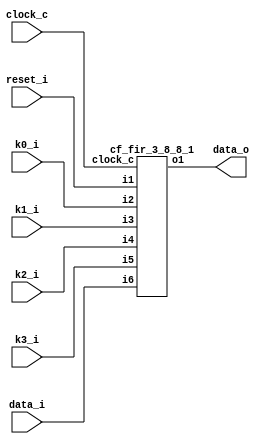
//
//  Copyright (c) 2003 Launchbird Design Systems, Inc.
//  All rights reserved.
//  
//  Redistribution and use in source and binary forms, with or without modification, are permitted provided that the following conditions are met:
//    Redistributions of source code must retain the above copyright notice, this list of conditions and the following disclaimer.
//    Redistributions in binary form must reproduce the above copyright notice, this list of conditions and the following disclaimer in the documentation and/or other materials provided with the distribution.
//  
//  THIS SOFTWARE IS PROVIDED BY THE COPYRIGHT HOLDERS AND CONTRIBUTORS "AS IS" AND ANY EXPRESS OR IMPLIED WARRANTIES,
//  INCLUDING, BUT NOT LIMITED TO, THE IMPLIED WARRANTIES OF MERCHANTABILITY AND FITNESS FOR A PARTICULAR PURPOSE ARE DISCLAIMED.
//  IN NO EVENT SHALL THE COPYRIGHT OWNER OR CONTRIBUTORS BE LIABLE FOR ANY DIRECT, INDIRECT, INCIDENTAL, SPECIAL, EXEMPLARY,
//  OR CONSEQUENTIAL DAMAGES (INCLUDING, BUT NOT LIMITED TO, PROCUREMENT OF SUBSTITUTE GOODS OR SERVICES; LOSS OF USE, DATA, OR PROFITS;
//  OR BUSINESS INTERRUPTION) HOWEVER CAUSED AND ON ANY THEORY OF LIABILITY, WHETHER IN CONTRACT, STRICT LIABILITY, OR TORT
//  (INCLUDING NEGLIGENCE OR OTHERWISE) ARISING IN ANY WAY OUT OF THE USE OF THIS SOFTWARE, EVEN IF ADVISED OF THE POSSIBILITY OF SUCH DAMAGE.
//  
//  
//  Overview:
//  
//    Performs finite impulse response (FIR) filtering.
//    The filter's sum of products is pipelined with a register after
//    every multiplier and adder.  The adder network is a balanced binary
//    tree to minimize latency.  The sum of products has no numeric loss because the
//    multipliers keep all resulting bits and each adder extends the precision by 1.
//  
//  Interface:
//  
//    Synchronization:
//      clock_c  : Clock input.
//      reset_i  : Filter delay bank synchronous reset.  Does not reset sum of products pipeline registers.
//  
//    Inputs:
//      data_i  : Input data.
//      k0_i    : Coefficient 0 multiplied by in_i(0).
//      k1_i    : Coefficient 1 multiplied by in_i(k-1).
//      k2_i    : Coefficient 2 multiplied by in_i(k-2).
//      ...
//      k<order>_i : Coefficient <order> multiplied by in_i(k-<order>).
//  
//    Outputs:
//      data_o : Output data.
//  
//  Built In Parameters:
//  
//    Filter Order             = 3
//    Input Precision          = 8
//    Coefficient Precision    = 8
//    Sum of Products Latency  = 3
//  
//  
//  
//  
//  Generated by Confluence 0.6.3  --  Launchbird Design Systems, Inc.  --  www.launchbird.com
//  
//  Build Date : Fri Aug 22 09:45:46 CDT 2003
//  
//  Interface
//  
//    Build Name    : cf_fir_3_8_8
//    Clock Domains : clock_c  
//    Vector Input  : reset_i(1)
//    Vector Input  : data_i(8)
//    Vector Input  : k0_i(8)
//    Vector Input  : k1_i(8)
//    Vector Input  : k2_i(8)
//    Vector Input  : k3_i(8)
//    Vector Output : data_o(18)
//  
//  
//  

module cf_fir_3_8_8 (clock_c, reset_i, data_i, k0_i, k1_i, k2_i, k3_i, data_o);
input  clock_c;
input  reset_i;
input  [7:0] data_i;
input  [7:0] k0_i;
input  [7:0] k1_i;
input  [7:0] k2_i;
input  [7:0] k3_i;
output [17:0] data_o;
wire   [17:0] n1;
cf_fir_3_8_8_1 s1 (clock_c, reset_i, k0_i, k1_i, k2_i, k3_i, data_i, n1);
assign data_o = n1;
endmodule

module cf_fir_3_8_8_1 (clock_c, i1, i2, i3, i4, i5, i6, o1);
input  clock_c;
input  i1;
input  [7:0] i2;
input  [7:0] i3;
input  [7:0] i4;
input  [7:0] i5;
input  [7:0] i6;
output [17:0] o1;
wire   n1;
wire   n2;
wire   [17:0] s3_1;
assign n1 = 1'b1;
assign n2 = 1'b0;
cf_fir_3_8_8_2 s3 (clock_c, n1, n2, i1, i2, i3, i4, i5, i6, s3_1);
assign o1 = s3_1;
endmodule

module cf_fir_3_8_8_2 (clock_c, i1, i2, i3, i4, i5, i6, i7, i8, o1);
input  clock_c;
input  i1;
input  i2;
input  i3;
input  [7:0] i4;
input  [7:0] i5;
input  [7:0] i6;
input  [7:0] i7;
input  [7:0] i8;
output [17:0] o1;
reg    [7:0] n1;
reg    [7:0] n2;
reg    [7:0] n3;
reg    [7:0] n4;
wire   n5;
wire   [17:0] n6;
wire   n7;
wire   [17:0] n8;
wire   [17:0] n9;
reg    [17:0] n10;
wire   [16:0] s11_1;
wire   [16:0] s11_2;
wire   [15:0] s12_1;
wire   [15:0] s12_2;
wire   [15:0] s12_3;
wire   [15:0] s12_4;
always @ (posedge clock_c)
begin
  if (i3 == 1'b1)
    n1 <= 8'b00000000;
  else if (i1 == 1'b1)
    n1 <= i8;
  if (i3 == 1'b1)
    n2 <= 8'b00000000;
  else if (i1 == 1'b1)
    n2 <= n1;
  if (i3 == 1'b1)
    n3 <= 8'b00000000;
  else if (i1 == 1'b1)
    n3 <= n2;
  if (i3 == 1'b1)
    n4 <= 8'b00000000;
  else if (i1 == 1'b1)
    n4 <= n3;
  if (i2 == 1'b1)
    n10 <= 18'b000000000000000000;
  else if (i1 == 1'b1)
    n10 <= n9;
end
assign n5 = s11_1[16];
assign n6 = {n5, s11_1};
assign n7 = s11_2[16];
assign n8 = {n7, s11_2};
assign n9 = n6 + n8;
cf_fir_3_8_8_4 s11 (clock_c, i1, i2, s12_1, s12_2, s12_3, s12_4, s11_1, s11_2);
cf_fir_3_8_8_3 s12 (clock_c, i1, i2, i4, i5, i6, i7, n1, n2, n3, n4, s12_1, s12_2, s12_3, s12_4);
assign o1 = n10;
endmodule

module cf_fir_3_8_8_3 (clock_c, i1, i2, i3, i4, i5, i6, i7, i8, i9, i10, o1, o2, o3, o4);
input  clock_c;
input  i1;
input  i2;
input  [7:0] i3;
input  [7:0] i4;
input  [7:0] i5;
input  [7:0] i6;
input  [7:0] i7;
input  [7:0] i8;
input  [7:0] i9;
input  [7:0] i10;
output [15:0] o1;
output [15:0] o2;
output [15:0] o3;
output [15:0] o4;
wire   [15:0] n1;
reg    [15:0] n2;
wire   [15:0] n3;
reg    [15:0] n4;
wire   [15:0] n5;
reg    [15:0] n6;
wire   [15:0] n7;
reg    [15:0] n8;
assign n1 = {8'b00000000, i3} * {8'b00000000, i7};
always @ (posedge clock_c)
begin
  if (i2 == 1'b1)
    n2 <= 16'b0000000000000000;
  else if (i1 == 1'b1)
    n2 <= n1;
  if (i2 == 1'b1)
    n4 <= 16'b0000000000000000;
  else if (i1 == 1'b1)
    n4 <= n3;
  if (i2 == 1'b1)
    n6 <= 16'b0000000000000000;
  else if (i1 == 1'b1)
    n6 <= n5;
  if (i2 == 1'b1)
    n8 <= 16'b0000000000000000;
  else if (i1 == 1'b1)
    n8 <= n7;
end
assign n3 = {8'b00000000, i4} * {8'b00000000, i8};
assign n5 = {8'b00000000, i5} * {8'b00000000, i9};
assign n7 = {8'b00000000, i6} * {8'b00000000, i10};
assign o4 = n8;
assign o3 = n6;
assign o2 = n4;
assign o1 = n2;
endmodule

module cf_fir_3_8_8_4 (clock_c, i1, i2, i3, i4, i5, i6, o1, o2);
input  clock_c;
input  i1;
input  i2;
input  [15:0] i3;
input  [15:0] i4;
input  [15:0] i5;
input  [15:0] i6;
output [16:0] o1;
output [16:0] o2;
wire   n1;
wire   [16:0] n2;
wire   n3;
wire   [16:0] n4;
wire   [16:0] n5;
reg    [16:0] n6;
wire   n7;
wire   [16:0] n8;
wire   n9;
wire   [16:0] n10;
wire   [16:0] n11;
reg    [16:0] n12;
assign n1 = i3[15];
assign n2 = {n1, i3};
assign n3 = i4[15];
assign n4 = {n3, i4};
assign n5 = n2 + n4;
always @ (posedge clock_c)
begin
  if (i2 == 1'b1)
    n6 <= 17'b00000000000000000;
  else if (i1 == 1'b1)
    n6 <= n5;
  if (i2 == 1'b1)
    n12 <= 17'b00000000000000000;
  else if (i1 == 1'b1)
    n12 <= n11;
end
assign n7 = i5[15];
assign n8 = {n7, i5};
assign n9 = i6[15];
assign n10 = {n9, i6};
assign n11 = n8 + n10;
assign o2 = n12;
assign o1 = n6;
endmodule